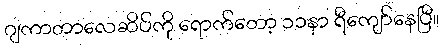
ဂျကာတာလေဆိပ်ကို ရောက်တော့ ၁၁နာ ရီကျော်နေပြီ။